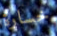
خسارة